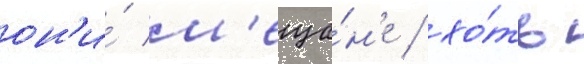
он'и́ м'еща́н'е / хо́ть